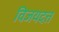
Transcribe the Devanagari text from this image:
विजयदत्त